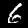
Digit: 6